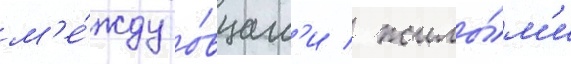
м'е́жду о́вцам'и / жилы́м'и